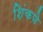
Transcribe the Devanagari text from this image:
शिंकणे